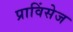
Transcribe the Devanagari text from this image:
प्राविंसेज